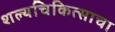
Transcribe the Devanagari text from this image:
शल्यचिकित्साचा